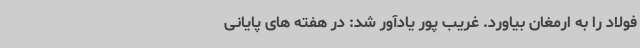
فولاد را به ارمغان بیاورد. غریب پور یادآور شد: در هفته های پایانی